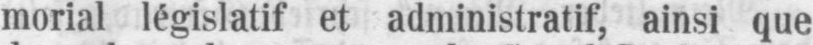
morial législatif et administratif, ainsi que